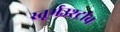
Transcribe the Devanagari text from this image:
स्तूर्मउश्ट्रांव